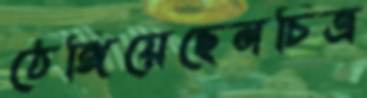
ঠেঙ্গিয়েছেনচিত্র